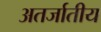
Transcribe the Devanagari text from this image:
अतर्जातीय